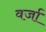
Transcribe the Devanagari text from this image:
वर्जा